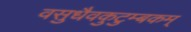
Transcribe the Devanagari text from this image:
वसुधैवकुटुम्बकम्